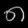
Digit: ၈